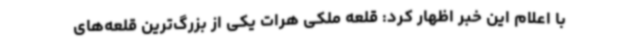
با اعلام این خبر اظهار کرد: قلعه ملکی هرات یکی از بزرگ‌ترین قلعه‌های